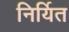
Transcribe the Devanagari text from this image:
निर्यित